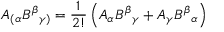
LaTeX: A _ { ( \alpha } B ^ { \beta } { } _ { \gamma ) } = { \frac { 1 } { 2 ! } } \left( A _ { \alpha } B ^ { \beta } { } _ { \gamma } + A _ { \gamma } B ^ { \beta } { } _ { \alpha } \right)